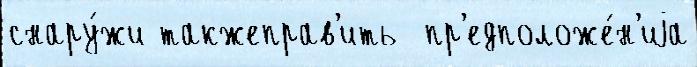
снару́жи такжеправ'ить  пр'едположе́н'иjа